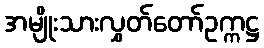
အမျိုးသားလွှတ်တော်ဥက္ကဋ္ဌ